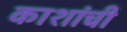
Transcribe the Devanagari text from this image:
काशांचीं